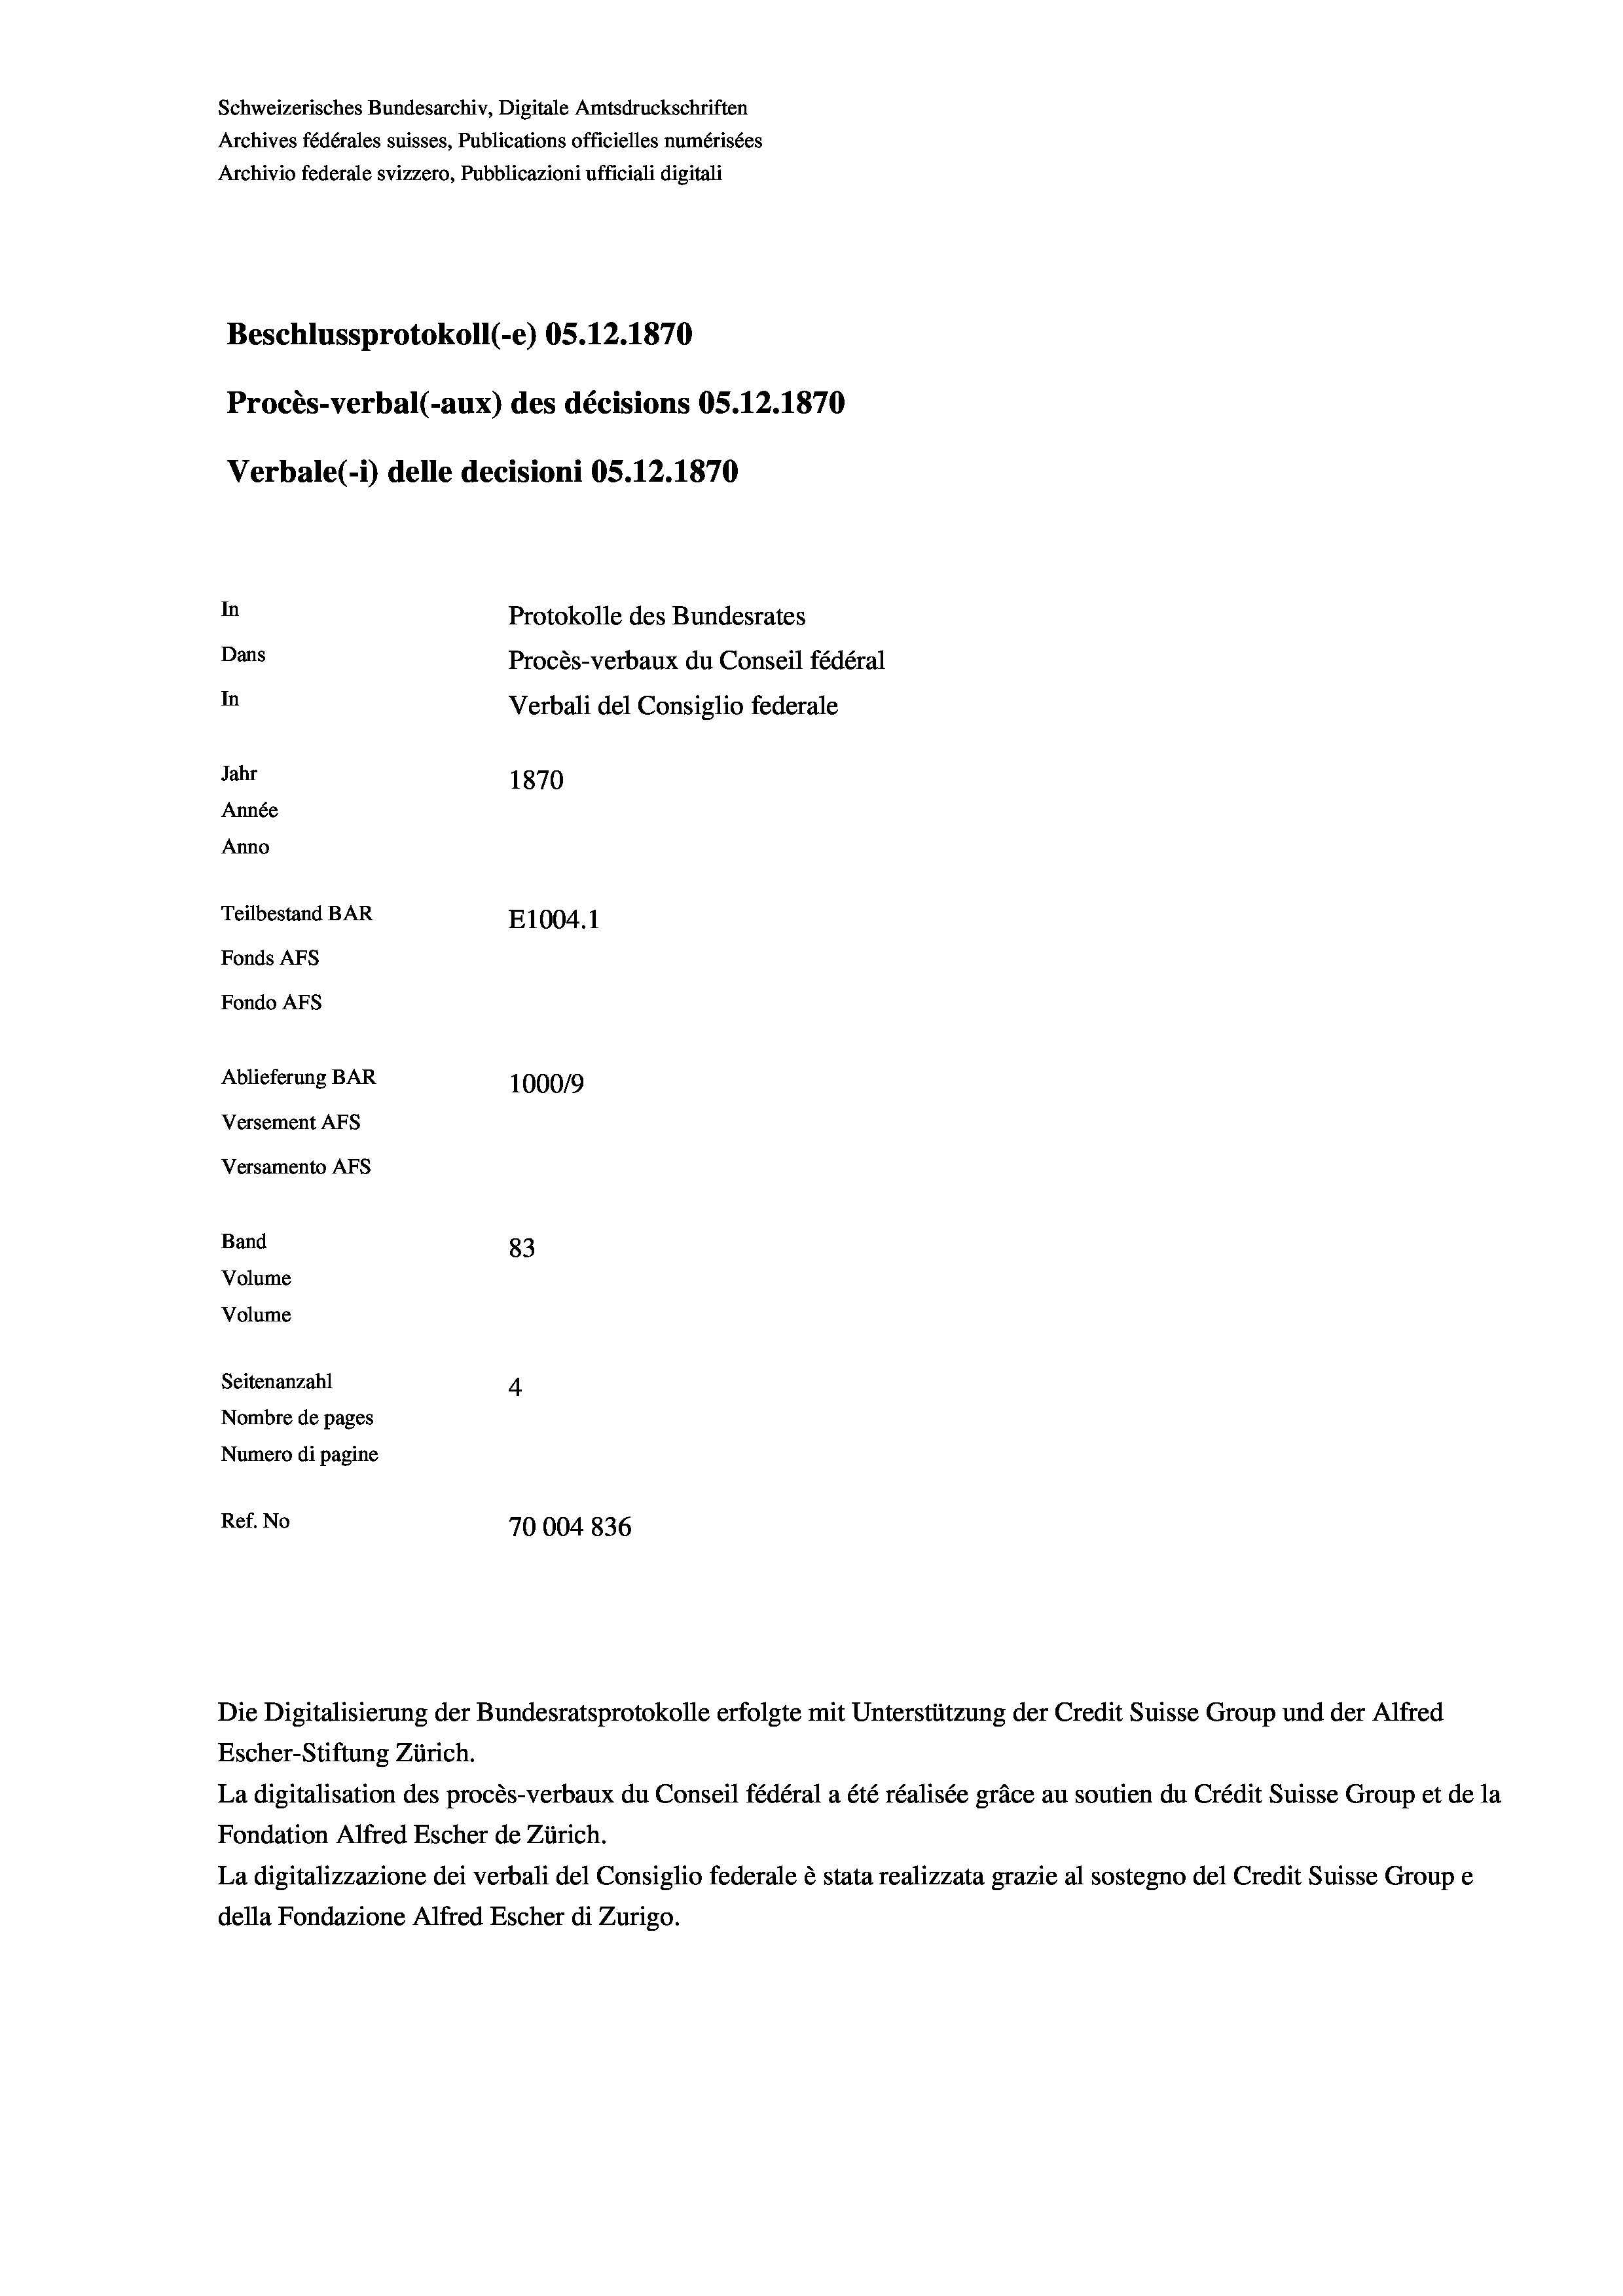
Schweizerisches Bundesarchiv, Digitale Amtsdruckschriften
Archives fédérales suisses, Publications officielles numérisées
Archivio federale svizzero, Pubblicazioni ufficiali digitali
Beschlussprotokoll (-e) OS.12.1870
Procès-verbal (-aux) des décisions OS.12.1870
Verbale (1) delle decisioni OS.12.1870
In
Protokolle des Bundesrates
Dans
Procès-verbaux du Conseil fédéral
In
Verbali del Consiglio federale
Jahr
1870
Année
Anno
Teilbestand BAR
E1004.1
Fonds AFs
Fondo AFs
Ablieferung BAR
100019
Versement AFS
Versamento Afs
Band
83
Volume
Volume
Seitenanzahl
4
Nombre de pages
Numero di pagine
Ref. No
70004836

Escher-Stiftung Zürich.
La digitalisation des procès-verbaux du Conseil fédéral a été réalisée gräce au soutien du Crédit Suisse Group et de la
Fondation Alfred Escher de Zürich.
La digitalizzazione dei verbali del Consiglio federale è stata realizzata grazie al sostegno del Credit Suisse Groupe
della Fondazione Alfred Escher di Zurigo.

Die Digitalisierung der Bundesratsprotokolle erfolgte mit Unterstützung der Credit Suisse Group und der Alfred